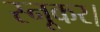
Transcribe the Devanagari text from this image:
स्नूकर।